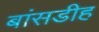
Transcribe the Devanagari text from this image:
बांसडीह